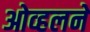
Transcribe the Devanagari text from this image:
ओव्हलने